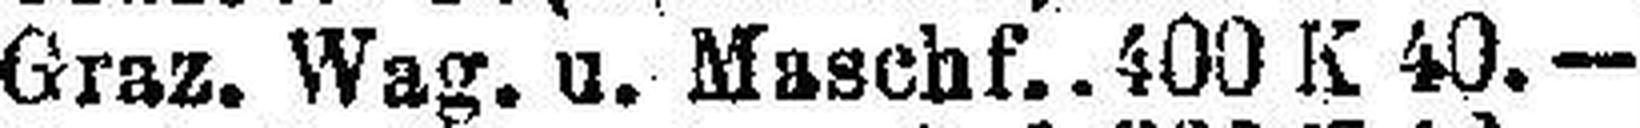
Graz. Wag. u. Maschf.. 400 K 40.—